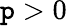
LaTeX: \mathtt{p}>0